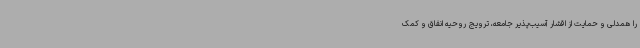
را همدلی و حمایت از اقشار آسیب‌پذیر جامعه، ترویج روحیه انفاق و کمک